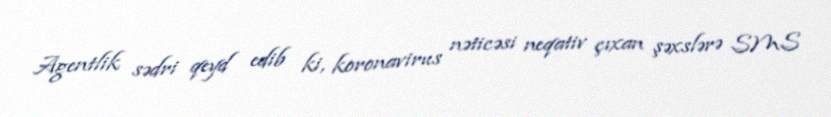
Agentlik sədri qeyd edib ki, koronavirus nəticəsi neqativ çıxan şəxslərə SMS